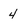
Character: 4